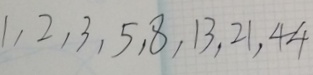
1 , 2 , 3 , 5 , 8 , 1 3 , 2 1 , 4 4